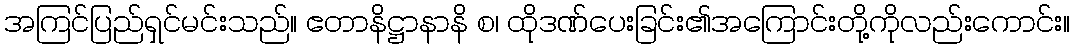
အကြင်ပြည်ရှင်မင်းသည်။ ဧတာနိဋ္ဌာနာနိ စ၊ ထိုဒဏ်ပေးခြင်း၏အကြောင်းတို့ကိုလည်းကောင်း။